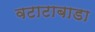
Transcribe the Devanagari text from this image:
वटाटाबाडा